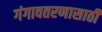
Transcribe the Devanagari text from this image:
गंगावतरणासाठी